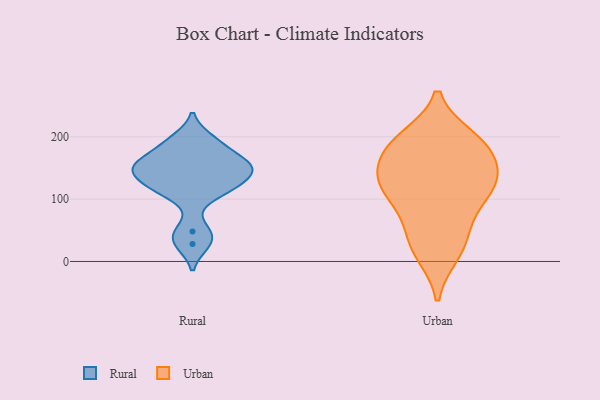
{"axis": {"x": "Waste Production (Tons)", "y": "Value"}, "legend": ["Rural", "Urban"], "data": [{"x": "", "y": 48, "type": "Rural"}, {"x": "", "y": 182, "type": "Rural"}, {"x": "", "y": 129, "type": "Rural"}, {"x": "", "y": 117, "type": "Rural"}, {"x": "", "y": 152, "type": "Rural"}, {"x": "", "y": 158, "type": "Rural"}, {"x": "", "y": 112, "type": "Rural"}, {"x": "", "y": 28, "type": "Rural"}, {"x": "", "y": 151, "type": "Rural"}, {"x": "", "y": 196, "type": "Rural"}, {"x": "", "y": 148, "type": "Rural"}, {"x": "", "y": 113, "type": "Urban"}, {"x": "", "y": 67, "type": "Urban"}, {"x": "", "y": 188, "type": "Urban"}, {"x": "", "y": 47, "type": "Urban"}, {"x": "", "y": 133, "type": "Urban"}, {"x": "", "y": 105, "type": "Urban"}, {"x": "", "y": 175, "type": "Urban"}, {"x": "", "y": 134, "type": "Urban"}, {"x": "", "y": 13, "type": "Urban"}, {"x": "", "y": 175, "type": "Urban"}, {"x": "", "y": 133, "type": "Urban"}, {"x": "", "y": 121, "type": "Urban"}, {"x": "", "y": 197, "type": "Urban"}, {"x": "", "y": 194, "type": "Urban"}, {"x": "", "y": 20, "type": "Urban"}]}